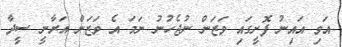
އަވި އައިނު ފޮށީގައި ވަޒަން ނުޖެހުނު ނަމަ އެ ވަޒަން އަރާނީ ސީދާ